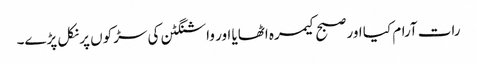
رات آرام کیا اور صبح کیمرہ اٹھایا اور واشنگٹن کی سڑکوں پر نکل پڑے۔